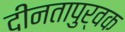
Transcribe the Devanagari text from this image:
दीनतापुर्वक